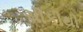
ચીકીથી